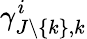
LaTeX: \gamma_{J\backslash\{ k\} ,k}^{i}